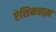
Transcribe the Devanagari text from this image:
ऐशिनबाख़